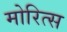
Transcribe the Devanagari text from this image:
मोरित्स